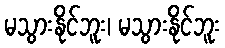
မသွားနိုင်ဘူး၊ မသွားနိုင်ဘူး